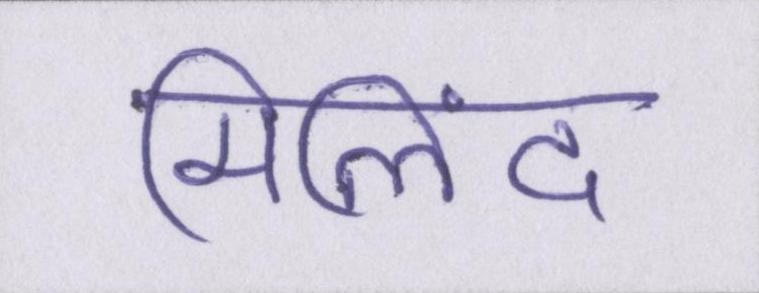
मिलिंद